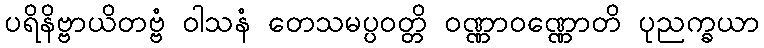
ပရိနိဗ္ဗာယိတဗ္ဗံ ဝါသနံ တေသမပ္ပဝတ္တိ ဝဏ္ဏာဝဏ္ဏောတိ ပုညက္ခယာ